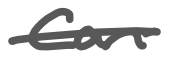
Text: can
Cross-out: mix
Writing tool: digital_gray